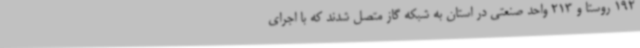
192 روستا و 213 واحد صنعتی در استان به شبکه گاز متصل شدند که با اجرای